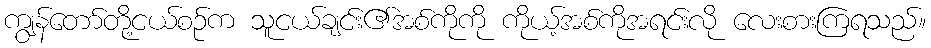
ကျွန်တော်တို့ငယ်စဉ်က သူငယ်ချင်း၏အစ်ကိုကို ကိုယ့်အစ်ကိုအရင်းလို လေးစားကြရသည်။